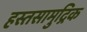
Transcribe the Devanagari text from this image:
हस्तसामुद्रिक